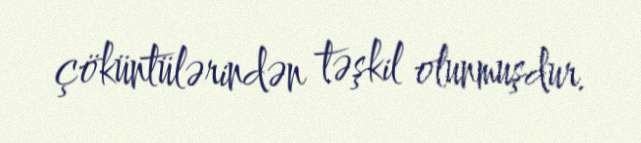
çöküntülərindən təşkil olunmuşdur.